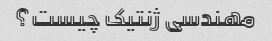
مهندسی ژنتیک چیست؟